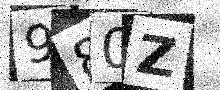
Text: 980Z